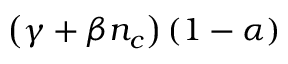
\left( \gamma + \beta n _ { c } \right) \left( 1 - \alpha \right)